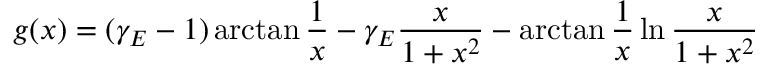
g ( x ) = ( \gamma _ { E } - 1 ) \arctan \frac { 1 } { x } - \gamma _ { E } \frac { x } { 1 + x ^ { 2 } } - \arctan \frac { 1 } { x } \ln \frac { x } { 1 + x ^ { 2 } }